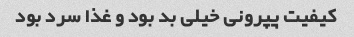
کیفیت پپرونی خیلی بد بود و غذا سرد بود